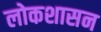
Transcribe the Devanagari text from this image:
लोकशासन